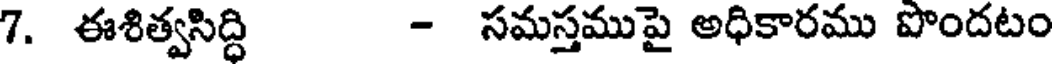
7. ఈశిత్వసిద్ధి - సమస్తముపై అధికారము పొందటం